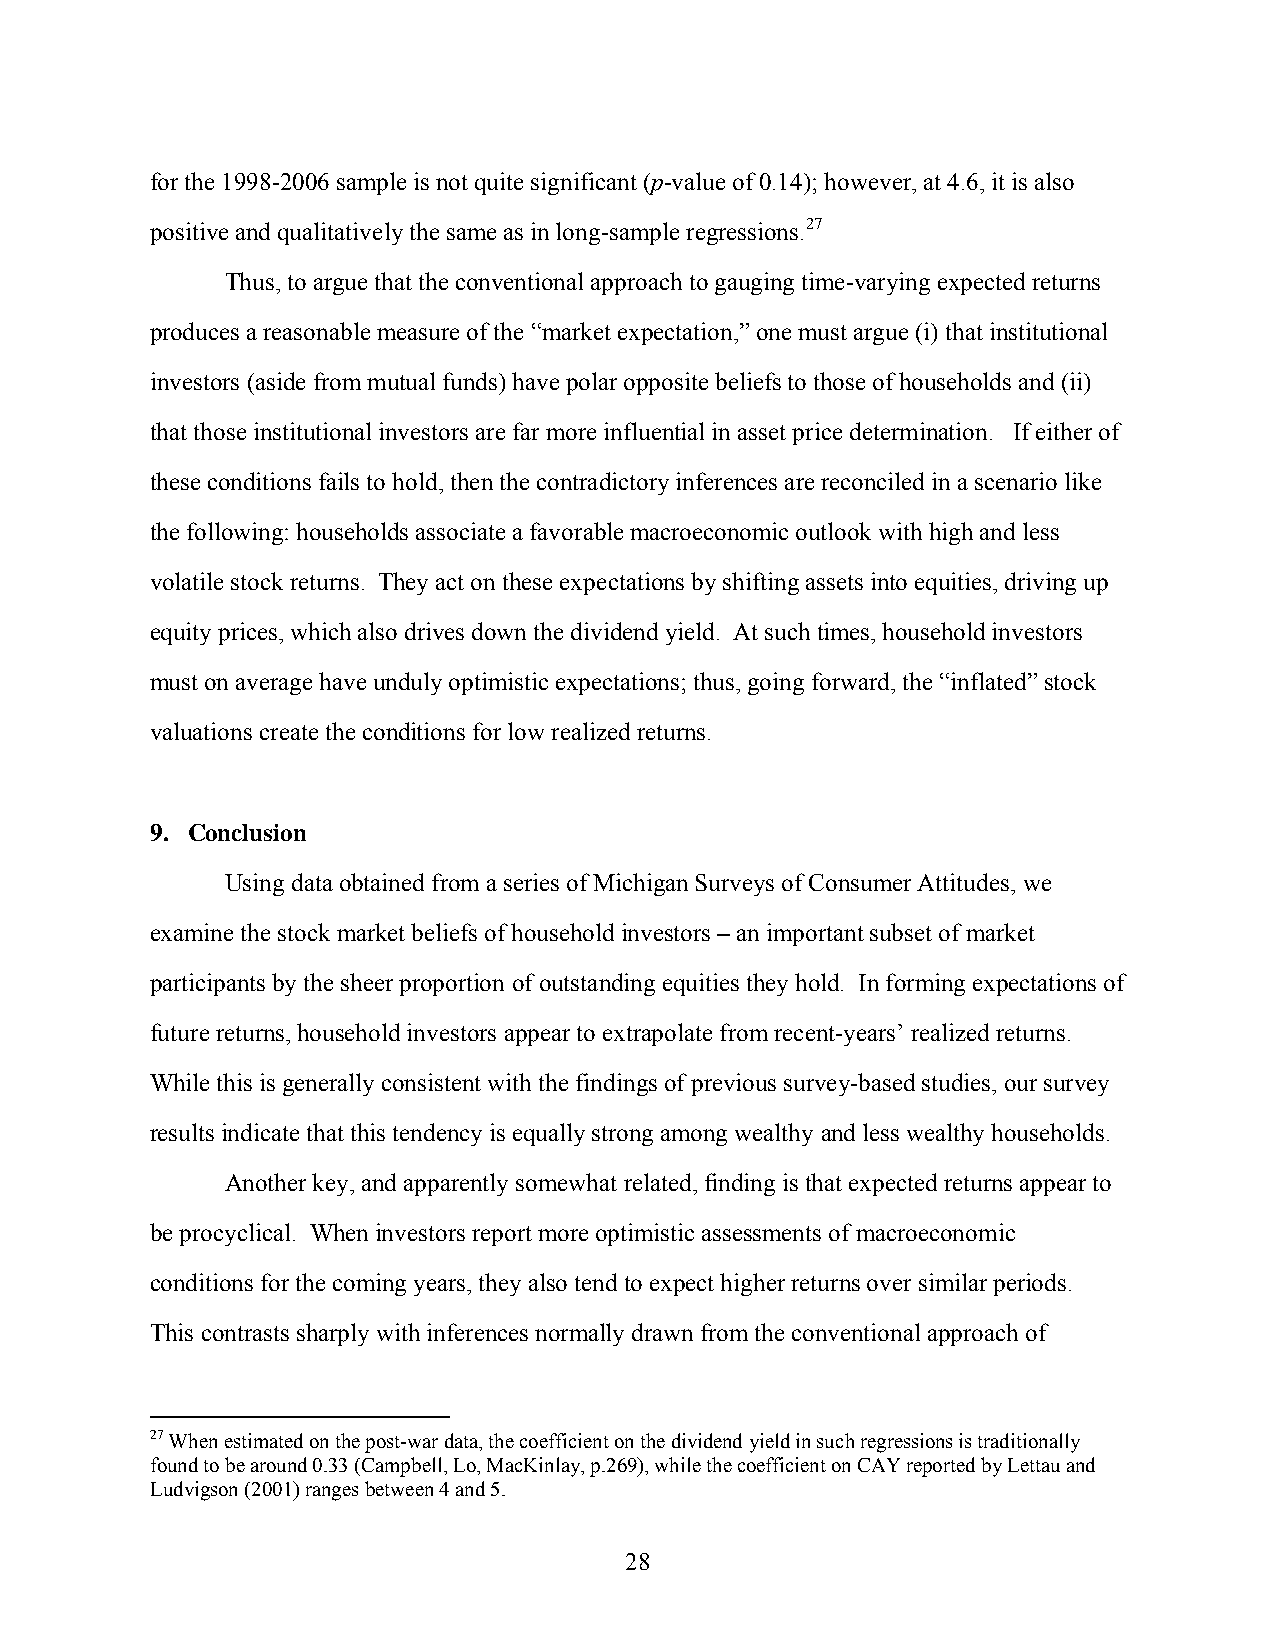
for the 1998-2006 sample is not quite significant (p-value of 0.14); however, at 4.6, it is also
 positive and qualitatively the same as in long-sample regressions.27
 Thus, to argue that the conventional approach to gauging time-varying expected returns
 produces a reasonable measure of the “market expectation,” one must argue (i) that institutional
 investors (aside from mutual funds) have polar opposite beliefs to those of households and (ii)
 that those institutional investors are far more influential in asset price determination. If either of
 these conditions fails to hold, then the contradictory inferences are reconciled in a scenario like
 the following: households associate a favorable macroeconomic outlook with high and less
 volatile stock returns. They act on these expectations by shifting assets into equities, driving up
 equity prices, which also drives down the dividend yield. At such times, household investors
 must on average have unduly optimistic expectations; thus, going forward, the “inflated” stock
 valuations create the conditions for low realized returns.
 9. Conclusion
 Using data obtained from a series of Michigan Surveys of Consumer Attitudes, we
 examine the stock market beliefs of household investors – an important subset of market
 participants by the sheer proportion of outstanding equities they hold. In forming expectations of
 future returns, household investors appear to extrapolate from recent-years’ realized returns.
 While this is generally consistent with the findings of previous survey-based studies, our survey
 results indicate that this tendency is equally strong among wealthy and less wealthy households.
 Another key, and apparently somewhat related, finding is that expected returns appear to
 be procyclical. When investors report more optimistic assessments of macroeconomic
 conditions for the coming years, they also tend to expect higher returns over similar periods.
 This contrasts sharply with inferences normally drawn from the conventional approach of
 27 When estimated on the post-war data, the coefficient on the dividend yield in such regressions is traditionally
 found to be around 0.33 (Campbell, Lo, MacKinlay, p.269), while the coefficient on CAY reported by Lettau and
 Ludvigson (2001) ranges between 4 and 5.
 28